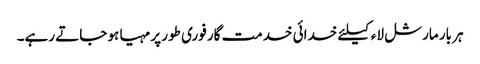
ہر بار مارشل لاء کیلئے خدائی خدمت گار فوری طور پر مہیا ہو جاتے رہے۔